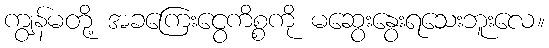
ကျွန်မတို့ အခကြေးငွေကိစ္စကို မဆွေးနွေးရသေးဘူးလေ။